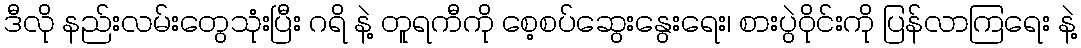
ဒီလို နည်းလမ်းတွေသုံးပြီး ဂရိ နဲ့ တူရကီကို စေ့စပ်ဆွေးနွေးရေး၊ စားပွဲဝိုင်းကို ပြန်လာကြရေး နဲ့